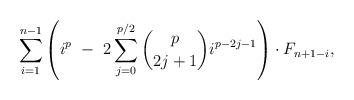
LaTeX: \begin{align*}\ \ \ \ \ \ \ \ \ \ \ \ \ \ \ \ \ \ \sum_{i=1}^{n-1} \left(i^{p} \ - \ 2\sum_{j=0}^{p/2} \binom{p}{2j+1} i^{p-2j-1} \right) \cdot F_{n+1-i},\end{align*}